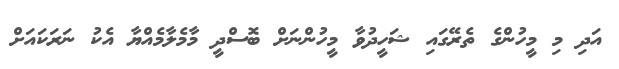
އަދި މި މީހުންގެ ތެރޭގައި ޝަހީދުވާ މީހުންނަށް ބޮސްދީ މާމެލާމެއްޔާ އެކު ނަރަކައަށް